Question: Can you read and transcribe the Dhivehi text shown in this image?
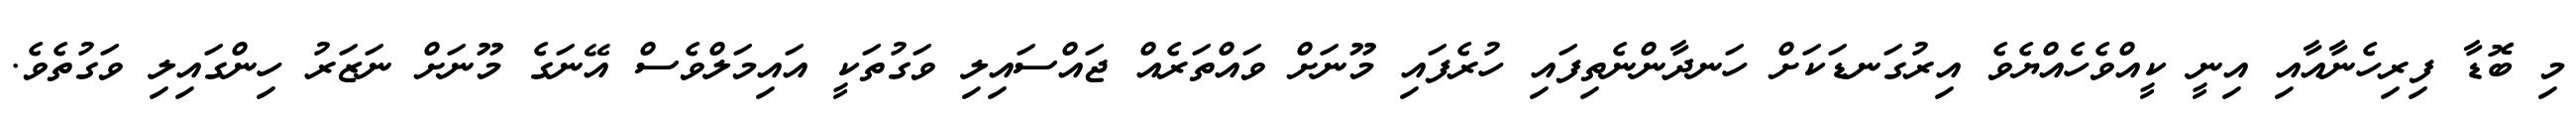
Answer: މި ބޮޑާ ފިރިހެނާއާއި އިނީ ކީއްވެހެއްޔެވެ އިރުގަނޑަކަށް ހަނދާންނެތިފައި ހުރެފައި މޫނަށް ވައްތަރެއް ޖައްސައިލި ވަގުތަކީ އައިމަލްވެސް އޭނަގެ މޫނަށް ނަޒަރު ހިންގައިލި ވަގުތެވެ.